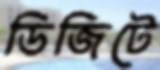
ডিজিটে